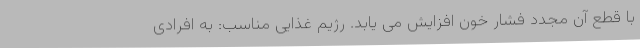
با قطع آن مجدد فشار خون افزایش می یابد. رژیم غذایی مناسب: به افرادی